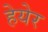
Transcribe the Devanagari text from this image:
हेयेर